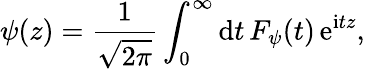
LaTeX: \psi(z)={\frac{1}{\sqrt{2\pi}}}\int_{0}^{\infty}\mathrm{d}t\, F_{\psi}(t)\, \mathrm{e}^{\mathrm{i}tz},